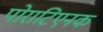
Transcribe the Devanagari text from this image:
पोराटिएनक